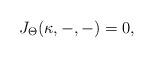
LaTeX: \begin{align*} J_{\Theta}(\kappa, -, -)=0, \end{align*}